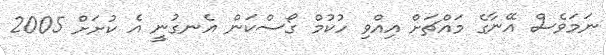
ނަމަވެސް އޭނާގެ މައްޗަށް އިއްވި ހުކުމް ގޯސްކަން އެނގުނީ އެ ކުށަށް 2005